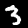
Digit: 3